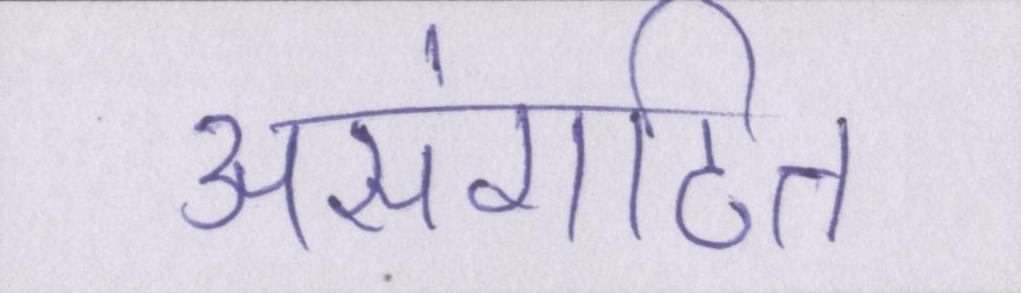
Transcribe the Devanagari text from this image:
असंगठित